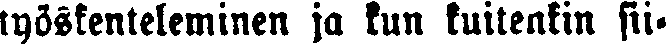
työskenteleminen ja kun kuitenkin sii-